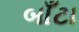
બાઁટા